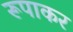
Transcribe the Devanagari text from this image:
रूपाकर